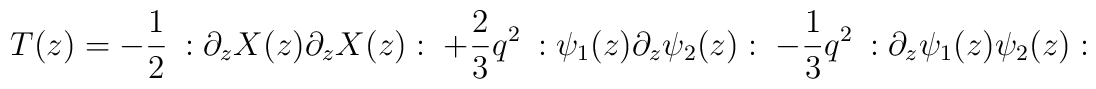
T(z)=-{1\over 2}~:\partial_z X(z) \partial_z X(z):~+{2\over 3} q^2 ~:\psi_1(z) \partial_z \psi_2(z):~-{1\over 3} q^2 ~:\partial_z \psi_1(z)\psi_2(z) :